Civil Veterinary Dept. North-West Frontier Province 1901-22 - 1901-1922
Year: 1901
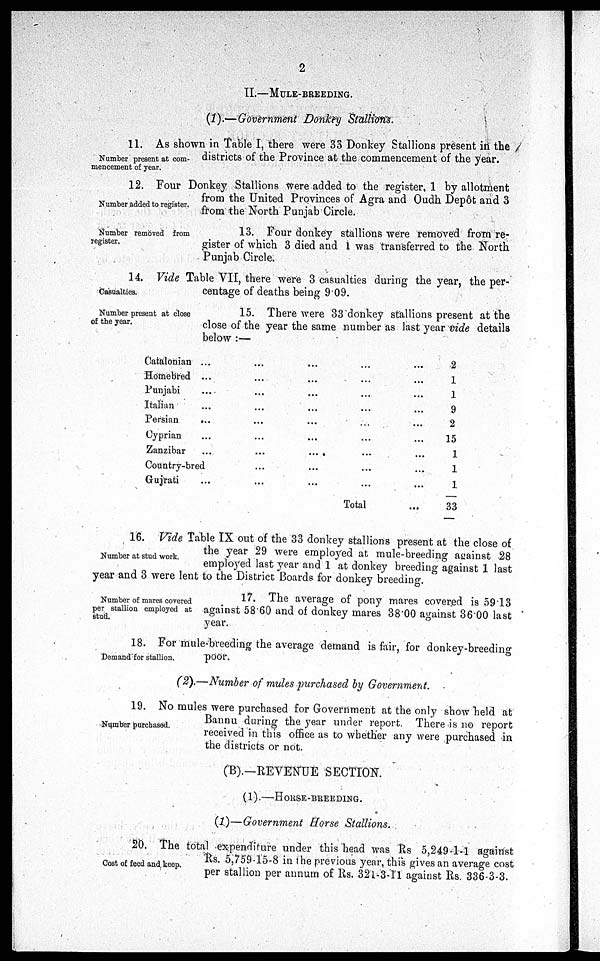
2
II.—MULE-BREEDING.
(1).—Government Donkey Stallions.
Number present at com-
mencement of year.
11. As shown in Table I, there were 33 Donkey Stallions present in the
districts of the Province at the commencement of the year.
Number added to register.
12. Four Donkey Stallions were added to the register, 1 by allotment
from the United Provinces of Agra and Oudh Depôt and 3
from the North Punjab Circle.
Number removed from
register.
13. Four donkey stallions were removed from re-
gister of which 3 died and 1 was transferred to the North
Punjab Circle.
Casualties.
14. Vide Table VII, there were 3 casualties during the year, the per-
centage of deaths being 9.09.
Number present at close
of the year.
15. There were 33 donkey stallions present at the
close of the year the same number as last year vide details
below:—
Catalonian ...
Homebred ...
Punjabi ...
Italian ...
Persian
...
Cyprian ...
Zanzibar ...
Country-bred
Gujrati ...
...
...
...
...
...
...
...
...
...
...
...
...
...
...
...
...
...
...
...
...
...
...
...
...
...
...
...
Total
...
...
...
...
...
...
...
...
...
...
2
1
1
9
2
15
1
1
1
33
Number at stud work.
16. Vide Table IX out of the 33 donkey stallions present at the close of
the year 29 were employed at mule-breeding against 28
employed last year and 1 at donkey breeding against 1 last
year and 3 were lent to the District Boards for donkey breeding.
Number of mares covered
per stallion employed at
stud.
17. The average of pony mares covered is 59.13
against 58.60 and of donkey mares 38.00 against 36.00 last
year.
Demand for stallion.
18. For mule-breeding the average demand is fair, for donkey-breeding
poor.
(2).—Number of mules purchased by Government.
Number purchased.
19. No mules were purchased for Government at the only show held at
Bannu during the year under report. There is no report
received in this office as to whether any were purchased in
the districts or not.
(B).— REVENUE SECTION.
(1).—HORSE-BREEDING.
(1)—Government Horse Stallions.
Cost of feed and keep.
20. The total expenditure under this head was Rs 5,249-1-1 against
Rs. 5,759-15-8 in the previous year, this gives an average cost
per stallion per annum of Rs. 321-3-11 against Rs. 336-3-3.